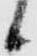
候